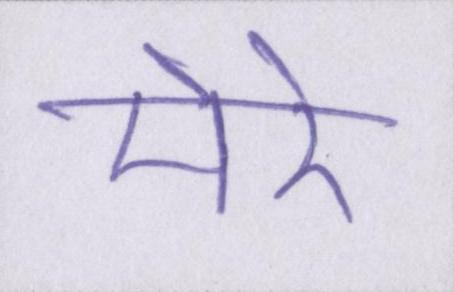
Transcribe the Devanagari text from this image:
मेरे